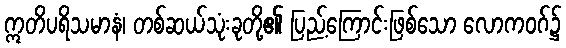
ဣတိပရိသမာနံ၊ တစ်ဆယ်သုံးခုတို့၏ ပြည့်ကြောင်းဖြစ်သော လောကဝဂ်၌